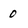
Character: 0